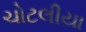
ચોટલીયા